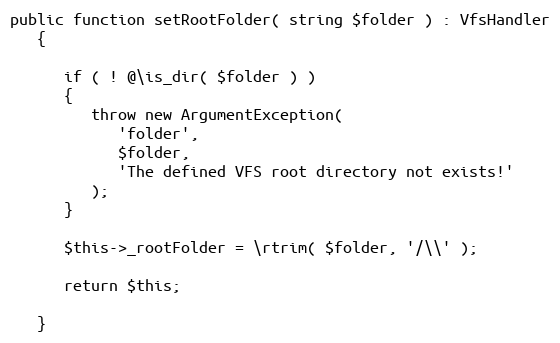
Language: PHP
public function setRootFolder( string $folder ) : VfsHandler
   {

      if ( ! @\is_dir( $folder ) )
      {
         throw new ArgumentException(
            'folder',
            $folder,
            'The defined VFS root directory not exists!'
         );
      }

      $this->_rootFolder = \rtrim( $folder, '/\\' );

      return $this;

   }